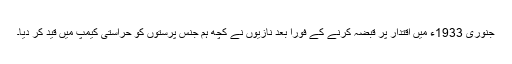
جنوری 1933ء میں اقتدار پر قبضہ کرنے کے فوراً بعد نازیوں نے کچھ ہم جنس پرستوں کو حراستی کیمپ میں قید کر دیا۔